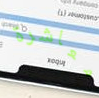
معاشرة